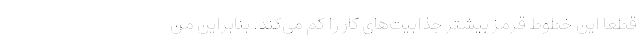
قطعاً این خطوط قرمز بیشتر جذابیت‌های کار را کم می‌کند. بنابراین من